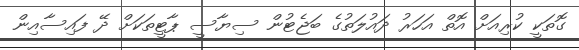
ގޮތަކީ ކުރިއަށް އޮތް އަހަރު ދައުލަތުގެ ބަޖެޓުން ސިޔާސީ ޕާޓީތަކަށް ދޭ ފައިސާއިން